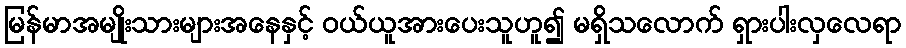
မြန်မာအမျိုးသားများအနေနှင့် ဝယ်ယူအားပေးသူဟူ၍ မရှိသလောက် ရှားပါးလှလေရာ